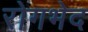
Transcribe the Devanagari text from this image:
रोगभेद